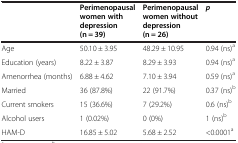
|  | Perimenopausal women with depression (n = 39) | Perimenopausal women without depression (n = 26) | p |
 | --- | --- | --- | --- |
 | Age | 50.10 ± 3.95 | 48.29 ± 10.95 | 0.94 (ns)a |
 | Education (years) | 8.22 ± 3.87 | 8.29 ± 3.93 | 0.94 (ns)a |
 | Amenorrhea (months) | 6.88 ± 4.62 | 7.10 ± 3.94 | 0.59 (ns)a |
 | Married | 36 (87.8%) | 22 (91.7%) | 0.37 (ns)b |
 | Current smokers | 15 (36.6%) | 7 (29.2%) | 0.6 (ns)b |
 | Alcohol users | 1 (0.02%) | 0 (0%) | 1 (ns)b |
 | HAM-D | 16.85 ± 5.02 | 5.68 ± 2.52 | <0.0001a |